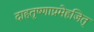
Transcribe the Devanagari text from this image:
दाहतृष्णाप्रमेहजित्‌